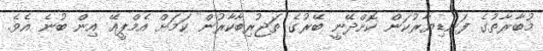
މުބާރާތުގެ ފަނޑިޔާރުކަން ކޮށްދޭނީ ބޭރުގެ ތަޖުރިބާކާރުން ކަމަށް އެމްޕީއޭ އިން ބުނެ އެވެ.